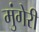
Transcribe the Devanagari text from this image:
मुंगेरी